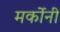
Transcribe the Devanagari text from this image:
मर्कोनी